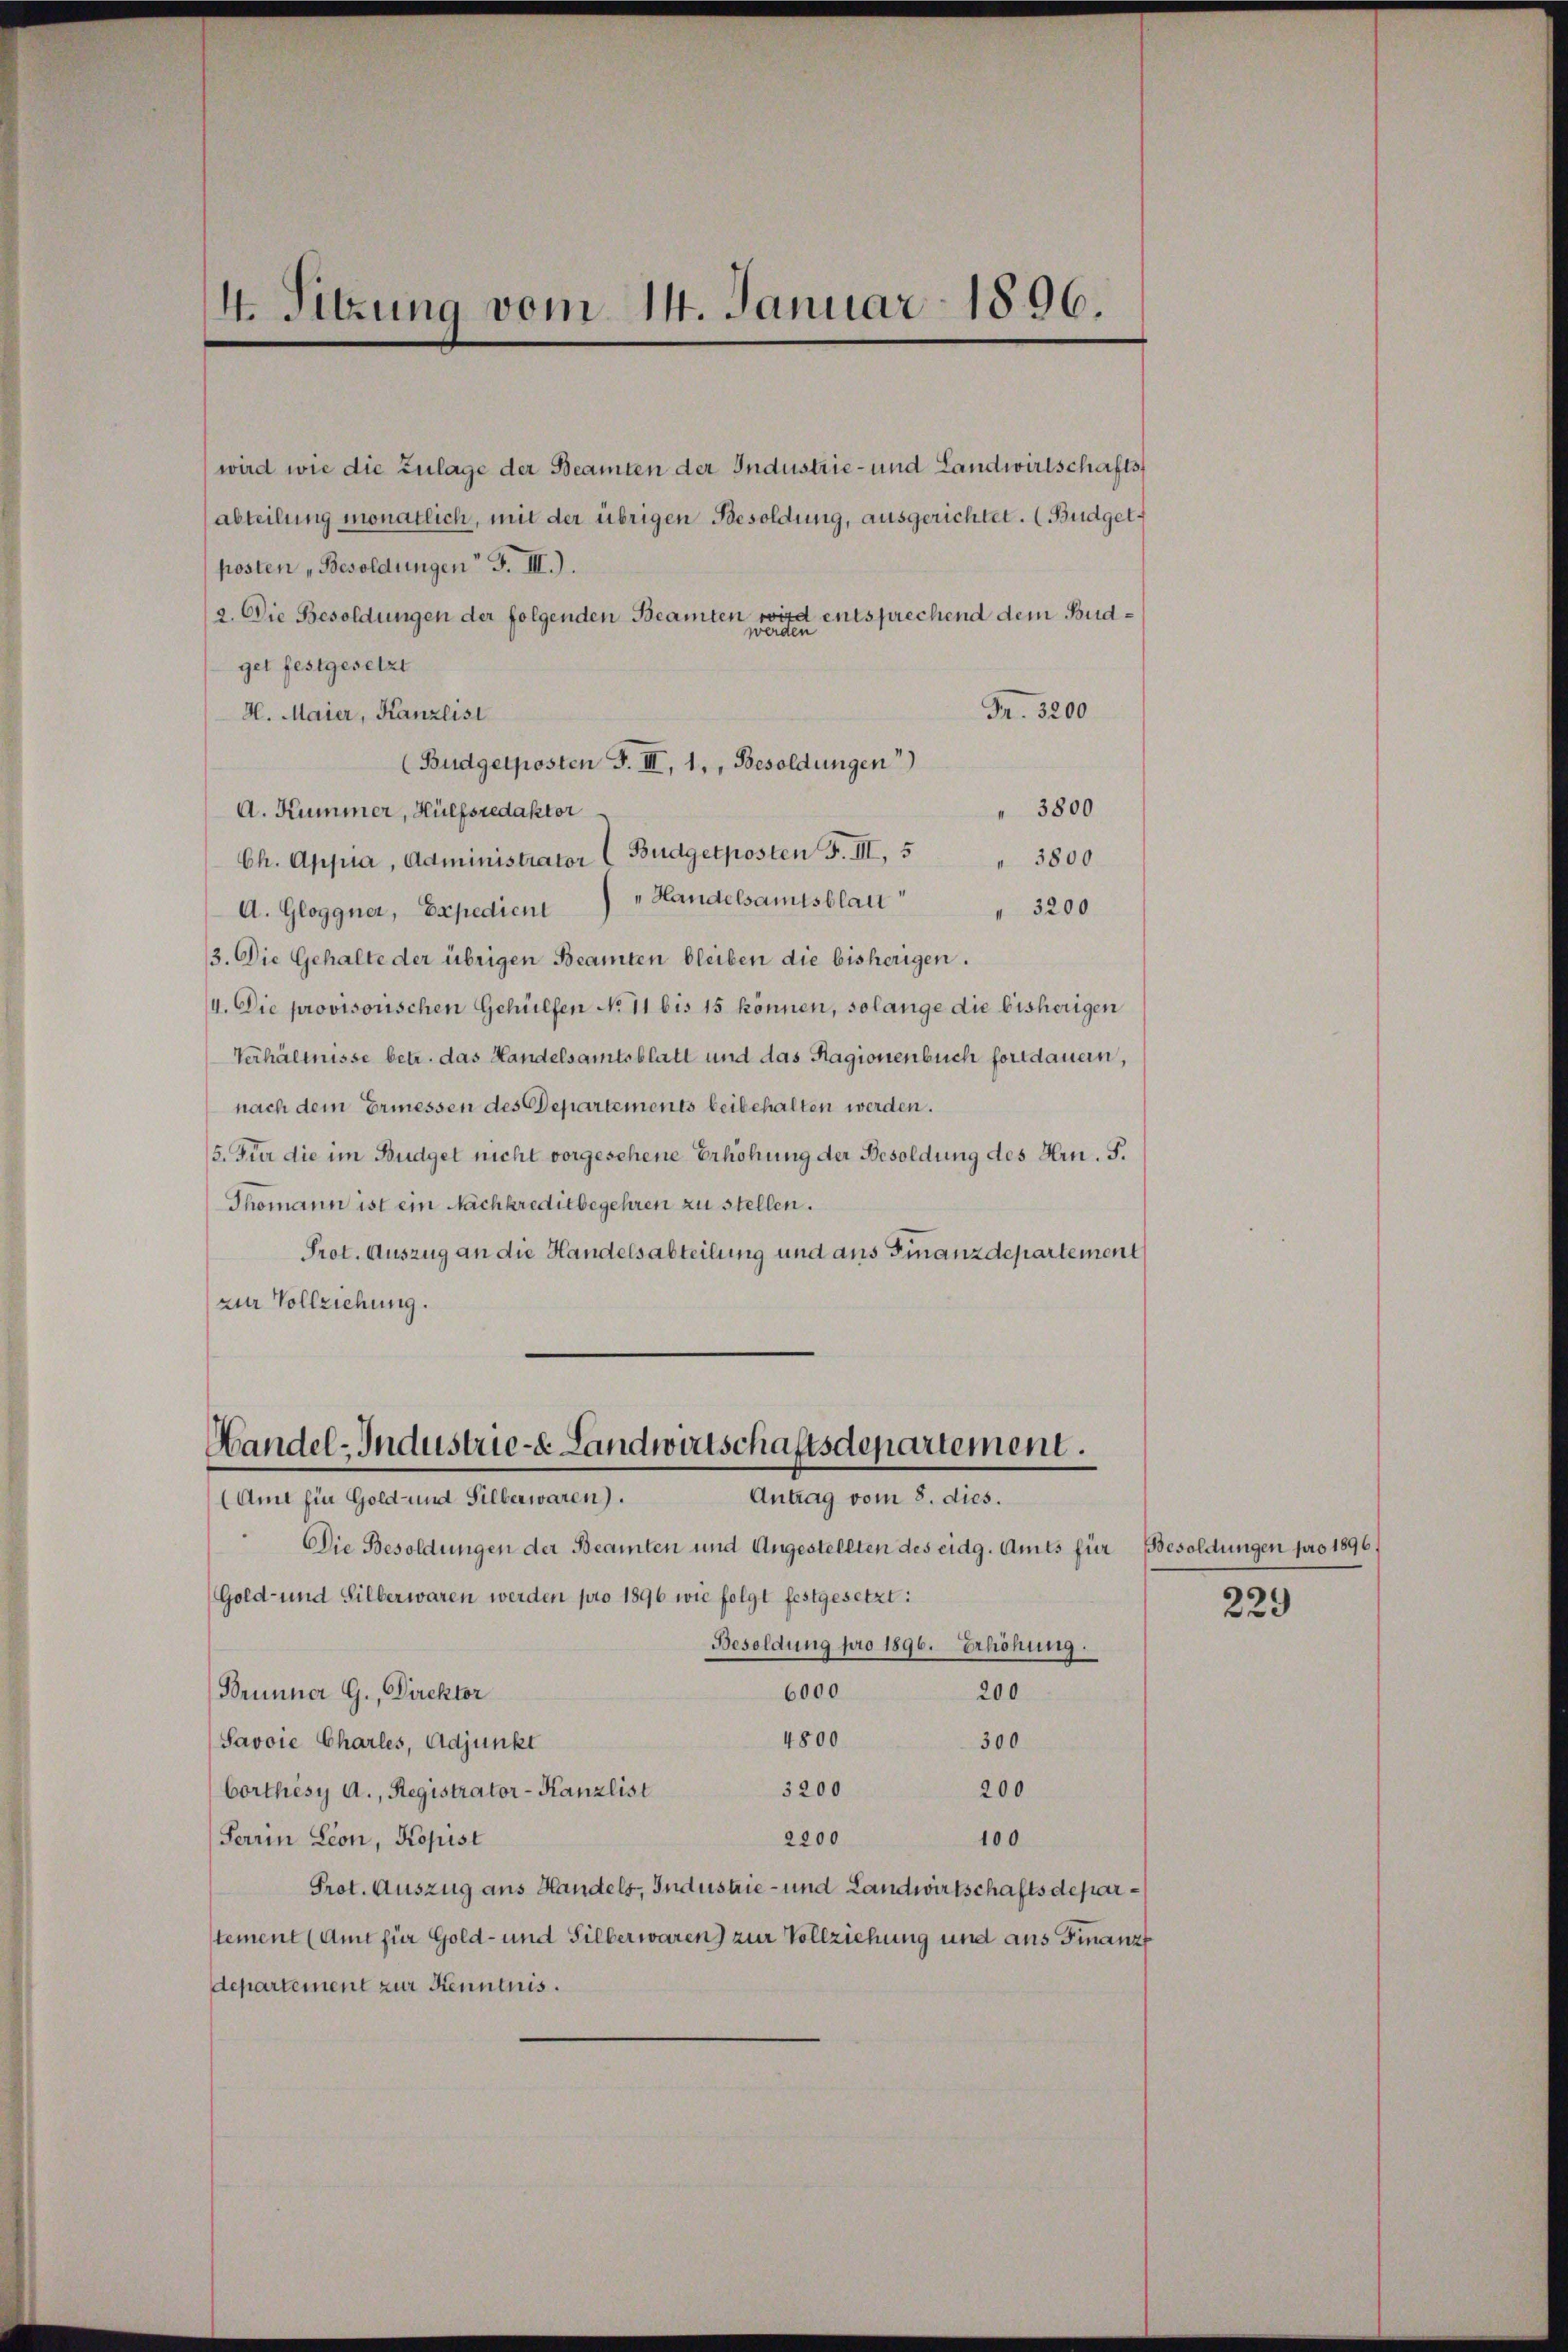
4. Sitzung vom 14. Januar 1896.

wird wie die Zulage der Beamten der Industrie- und Landwirtschaftsabteilung monatlich, mit der übrigen Besoldung, ausgerichtet. (Budgetposten „Besoldungen F. III.).
2. Die Besoldungen der folgenden Beamten wird entsprechend dem Budget festgesetzt
Fr. 3200
H. Maier, Kanzlist
(Budgetposten F. III, 1, Besoldungen)
3800
A. Kummer, Hülfsredaktor
Ch. Appia, Administrator ( Budgetposten F. III, 5
3800
A. Gloggner, Expedient Handelsamtsblat
3200
3. Die Gehalte der übrigen Beamten bleiben die bisherigen.
4. Die provisorischen Gehülfen No 11 bis 15 können, solange die bisherigen
Verhältnisse betr. das Handelsamtsblatt und das Hagionenbuch fortdauern,
nach dem Ermessen des Departements beibehalten werden.
5. Für die im Budget nicht vorgesehene Erhöhung der Besoldung des Hrn. F.
Thomann ist ein Nachkreditbegehren zu stellen.
Prot. Auszug an die Handelsabteilung und aus Finanzdepartement
zur Vollziehung.

Handel-Industrie- Landwirtschaftsdepartement.
Antrag vom 8. dies.
(Amt für Gold- und Silberwaren).

Die Besoldungen der Beamten und Angestellten des eidg. Amts für Besoldungen pro 1896,
Gold- und Silberwaren werden pro 1896 wie folgt festgesetzt:
Besoldung pro 1896. Erhöhung.
6000
Brünner G., Direktor
200
4800
Savoie Charles, Adjunkt
300
3200
200
Corthèsy A., Registrator-Kanzlist
2200
Terrin Leon, Kopist
100
Prot. Auszug aus Handels, Industrie- und Landwirtschaftsdeparstement (Amt für Gold- und Silber waren) zur Vollziehung und aus Finanz
departement zur Kenntnis.

s
229